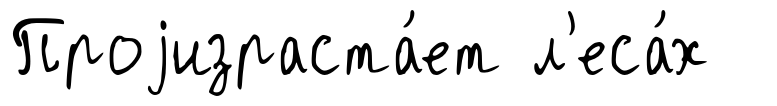
Проjизраста́ет л'еса́х